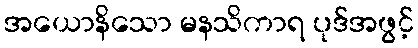
အယောနိသော မနသိကာရ ပုဒ်အဖွင့်